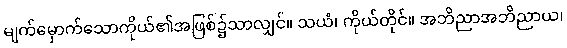
မျက်မှောက်သောကိုယ်၏အဖြစ်၌သာလျှင်။ သယံ၊ ကိုယ်တိုင်။ အဘိညာအဘိညာယ၊